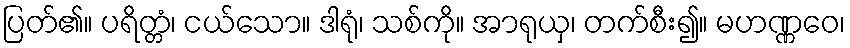
ပြတ်၏။ ပရိတ္တံ၊ ငယ်သော။ ဒါရုံ၊ သစ်ကို။ အာရုယှ၊ တက်စီး၍။ မဟဏ္ဏဝေ၊